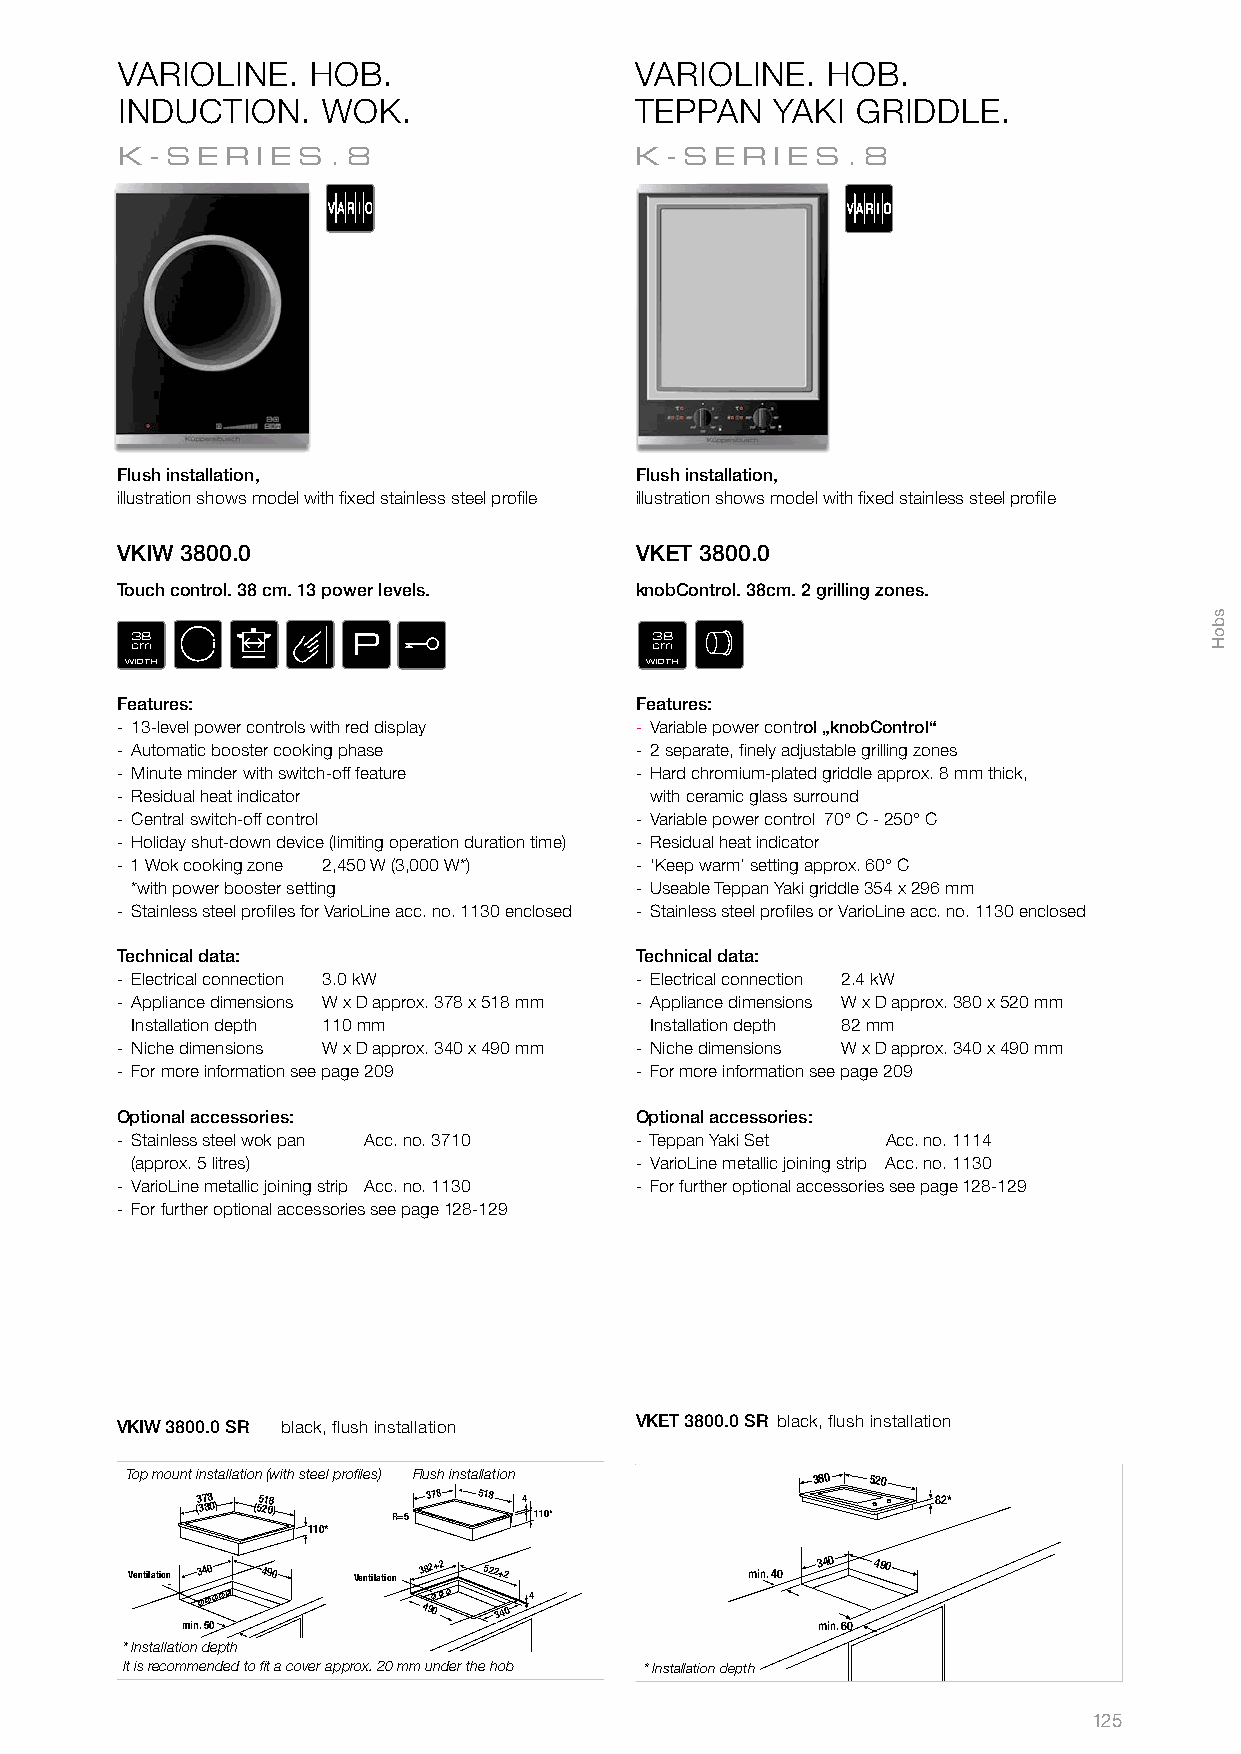
VARIOLINE.  HOB.                  VARIOLINE.   HOB.
 INDUCTION.   WOK.                 TEPPAN   YAKI  GRIDDLE.
 K-SER    IES.8                    K- SERIES     .8
 Flush installation,               Flush installation,
 illustration shows model with fi xed stainless steel profi le illustration shows model with fi xed stainless steel profi le
 VKIW 3800.0                       VKET 3800.0
 Touch control. 38 cm. 13 power levels. knobControl. 38cm. 2 grilling zones.
 38            P                   38
 cm                                cm
 WIDTH                              WIDTH
 Features:                         Features:
 ­ 13­level power controls with red display ­ Variable power control „knobControl“
 ­ Automatic booster cooking phase ­ 2 separate, fi nely adjustable grilling zones
 ­ Minute minder with switch­off feature ­ Hard chromium­plated griddle approx. 8 mm thick,
 ­ Residual heat indicator          with ceramic glass surround
 ­ Central switch­off control      ­ Variable power control 70° C ­ 250° C
 ­ Holiday shut­down device (limiting operation duration time) ­ Residual heat indicator
 ­ 1 Wok cooking zone 2,450 W (3,000 W*) ­ ‘Keep warm’ setting approx. 60° C
 *with power booster setting      ­ Useable Teppan Yaki griddle 354 x 296 mm
 ­ Stainless steel profi les for VarioLine acc. no. 1130 enclosed ­ Stainless steel profi les or VarioLine acc. no. 1130 enclosed
 Technical data:                   Technical data:
 ­ Electrical connection 3.0 kW    ­ Electrical connection 2.4 kW
 ­ Appliance dimensions W x D approx. 378 x 518 mm ­ Appliance dimensions W x D approx. 380 x 520 mm
 Installation depth 110 mm         Installation depth 82 mm
 ­ Niche dimensions W x D approx. 340 x 490 mm ­ Niche dimensions W x D approx. 340 x 490 mm
 ­ For more information see page 209 ­ For more information see page 209
 Optional accessories:             Optional accessories:
 ­ Stainless steel wok pan Acc. no. 3710 ­ Teppan Yaki Set Acc. no. 1114
 (approx. 5 litres)               ­ VarioLine metallic joining strip Acc. no. 1130
 ­ VarioLine metallic joining strip Acc. no. 1130 ­ For further optional accessories see page 128­129
 ­ For further optional accessories see page 128­129
 VKIW 3800.0 SR black, flush installation VKET 3800.0 SR black, flush installation
 Top mount installation (with steel profi les) Flush installation 380 520
 (3 37 88 0) (55 21 08 ) R=5 378 518 4 110*       82*
 110*
 Ventilation 340 490 Ventilation 382+2 522+2 min. 40 340 490
 4
 490  340
 min. 50                                   min. 60
 * Installation depth
 It is recommended to fi t a cover approx. 20 mm under the hob * Installation depth
 125
 sboH